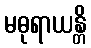
မဓုရာယန္တိ